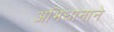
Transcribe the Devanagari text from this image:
अभिधानाने